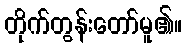
တိုက်တွန်းတော်မူ၏။